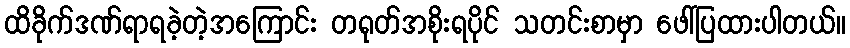
ထိခိုက်ဒဏ်ရာရခဲ့တဲ့အကြောင်း တရုတ်အစိုးရပိုင် သတင်းစာမှာ ဖေါ်ပြထားပါတယ်။